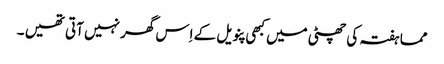
مما ہفتہ کی چھٹی میں کبھی پنویل کے اِس گھر نہیں آتی تھیں ۔